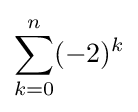
\sum _{k=0}^{n}(-2)^{k}